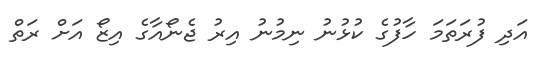
އަދި ފުރަތަމަ ހާފުގެ ކުޅުނު ނިމުނު އިރު ޖެނޯއާގެ އިޒޯ އަށް ރަތް